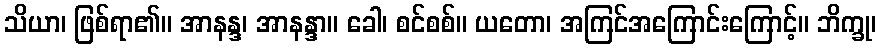
သိယာ၊ ဖြစ်ရာ၏။ အာနန္ဒ၊ အာနန္ဒာ။ ခေါ၊ စင်စစ်။ ယတော၊ အကြင်အကြောင်းကြောင့်။ ဘိက္ခု၊